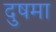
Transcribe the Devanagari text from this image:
दुषमा